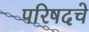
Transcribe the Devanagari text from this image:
परिषदचे